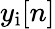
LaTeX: y_{\mathrm{i}}[n]